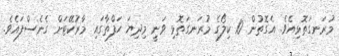
މުރަނގަތޮޅިއެވެ. އެގޮތުން 10 ކިލޯގެ މުރަނގަތޮޅި ވަނީ މިދިޔަ ހަފްތާގައި މާރުކޭޓަށް ގެނެސްފައެވެ.